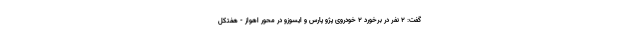
گفت: ۲ نفر در برخورد ۲ خودروی پژو پارس و ایسوزو در محور اهواز - هفتکل